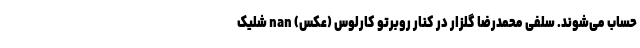
حساب می‌شوند. سلفی محمدرضا گلزار در کنار روبرتو کارلوس (عکس) nan شلیک